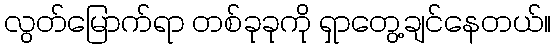
လွတ်မြောက်ရာ တစ်ခုခုကို ရှာတွေ့ချင်နေတယ်။